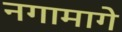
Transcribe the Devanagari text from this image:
नगामागे